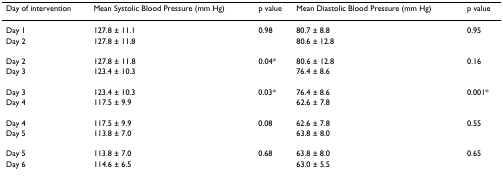
| Day of intervention | Mean Systolic Blood Pressure (mm Hg) | p value | Mean Diastolic Blood Pressure (mm Hg) | p value |
 | --- | --- | --- | --- | --- |
 | Day 1 | 127.8 ± 11.1 | 0.98 | 80.7 ± 8.8 | 0.95 |
 | Day 2 | 127.8 ± 11.8 |  | 80.6 ± 12.8 |  |
 | Day 2 | 127.8 ± 11.8 | 0.04* | 80.6 ± 12.8 | 0.16 |
 | Day 3 | 123.4 ± 10.3 |  | 76.4 ± 8.6 |  |
 | Day 3 | 123.4 ± 10.3 | 0.03* | 76.4 ± 8.6 | 0.001* |
 | Day 4 | 117.5 ± 9.9 |  | 62.6 ± 7.8 |  |
 | Day 4 | 117.5 ± 9.9 | 0.08 | 62.6 ± 7.8 | 0.55 |
 | Day 5 | 113.8 ± 7.0 |  | 63.8 ± 8.0 |  |
 | Day 5 | 113.8 ± 7.0 | 0.68 | 63.8 ± 8.0 | 0.65 |
 | Day 6 | 114.6 ± 6.5 |  | 63.0 ± 5.5 |  |